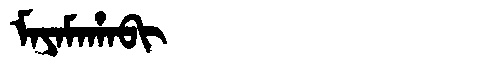
Manchu: ᠮᠠᠶᠠᠮᠠᡥᠠᠪᡳ
Romanization: MAYAMAHABI